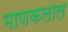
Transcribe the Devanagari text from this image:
माणकलाल